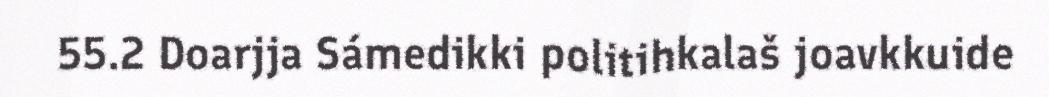
55.2 Doarjja Sámedikki politihkalaš joavkkuide